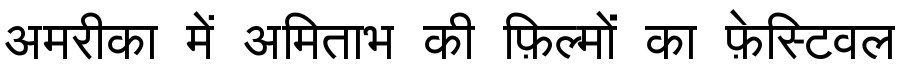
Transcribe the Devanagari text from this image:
अमरीका में अमिताभ की फ़िल्मों का फ़ेस्टिवल